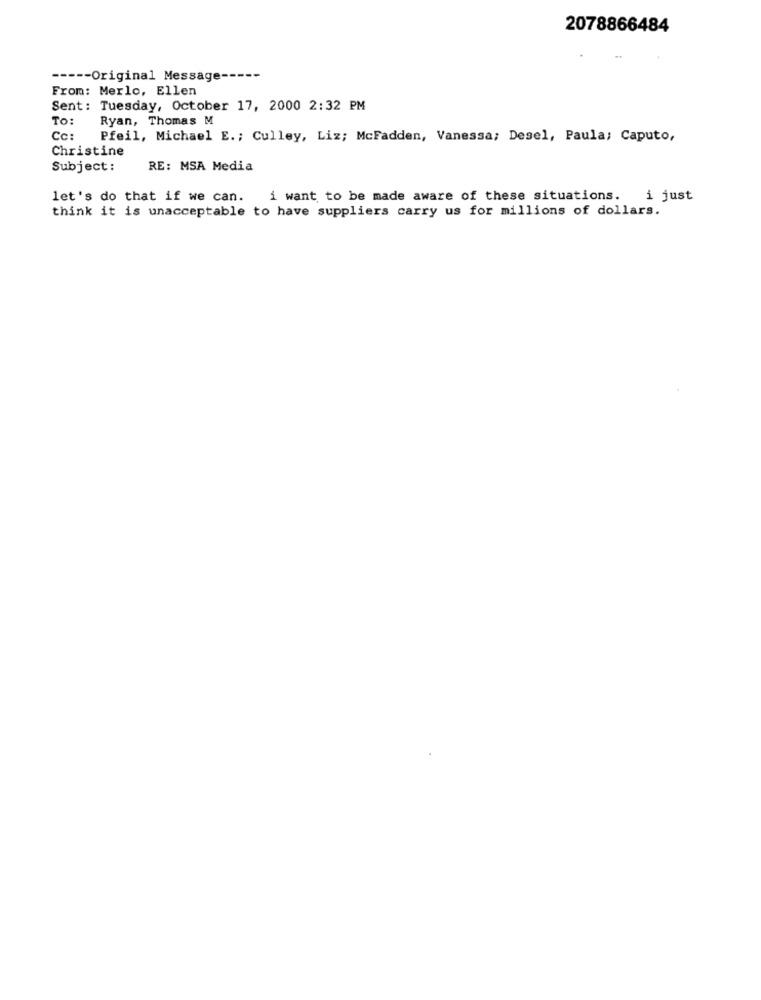
2078866484
----- Original Message ----
From: Merlo, Ellen
Sent: Tuesday, October 17, 2000 2:32 PM
To:
Ryan, Thomas M
Cc:
Pfeil, Michael E .; Culley, Liz; McFadden, Vanessa; Desel, Paula; Caputo,
Christine
Subject:
RE: MSA Media
let's do that if we can.
i want to be made aware of these situations. i just
think it is unacceptable to have suppliers carry us for millions of dollars.